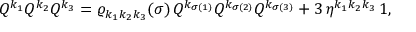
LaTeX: Q ^ { k _ { 1 } } Q ^ { k _ { 2 } } Q ^ { k _ { 3 } } = \varrho _ { k _ { 1 } k _ { 2 } k _ { 3 } } ( \sigma ) \, Q ^ { k _ { \sigma ( 1 ) } } Q ^ { k _ { \sigma ( 2 ) } } Q ^ { k _ { \sigma ( 3 ) } } + 3 \, { \eta } ^ { k _ { 1 } k _ { 2 } k _ { 3 } } \, 1 ,